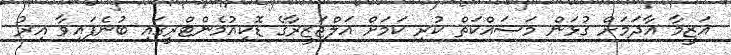
އަޒީމާ އާދަމަށް ގުޅަން މަސައްކަތް ކުރި ކަމަށް އަލްޖަޒީރާގެ ޑޮކިއުމެންޓްރީގައި ބުނެފައިވާ އިރު